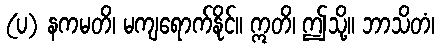
(ပ) နကမတိ၊ မကျရောက်နိုင်။ ဣတိ၊ ဤသို့။ ဘာသိတံ၊